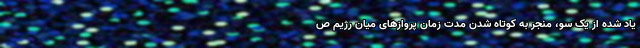
یاد شده از یک سو، منجر به کوتاه شدن مدت زمان پروازهای میان رژیم ص